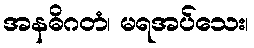
အနဓိဂတံ၊ မရအပ်သေး၊